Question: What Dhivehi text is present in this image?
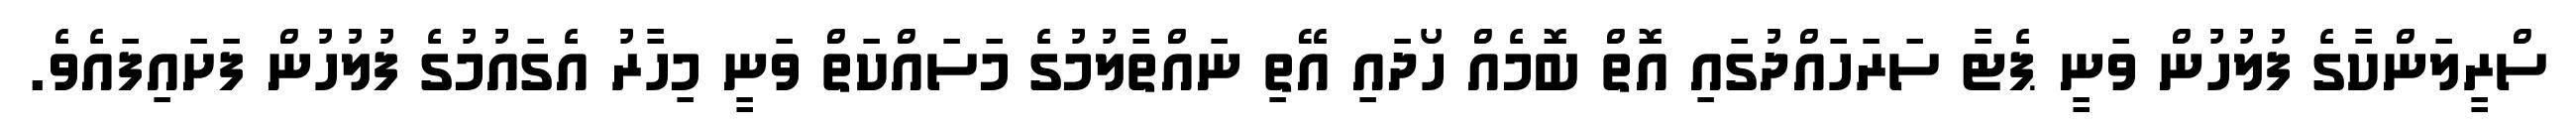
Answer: ސްރީލަންކާގެ ފުލުހުން ވަނީ ޕެޓާ ސަރަހައްދުގައި އޮތް ބޮމެއް ހޯދައި އޭތި ނައްތާލުމުގެ މަސައްކަތް ވަނީ މިހާރު އެގައުމުގެ ފުލުހުން ފަށައިފައެވެ.